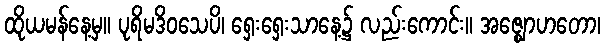
ထိုယမန်နေ့မှ။ ပုရိမဒိဝသေပိ၊ ရှေးရှေးသာနေ့၌ လည်းကောင်း။ အဇ္ဈောဟတော၊